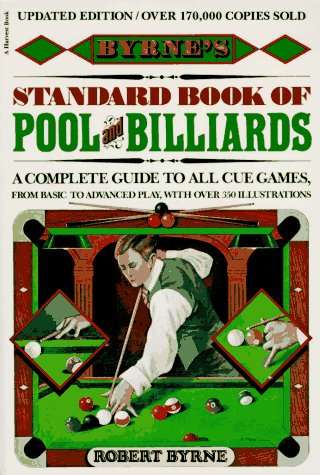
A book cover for Byrne's Standard Book of Pool and Billards; Robert Byrne; Sports & Outdoors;